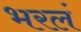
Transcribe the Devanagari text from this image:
भरलं